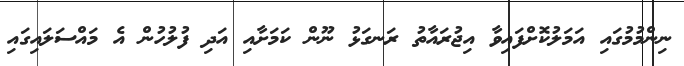
ނިންމުމުގައި އަމަލުކޮށްފައިވާ އިޖުރައާތު ރަނގަޅު ނޫން ކަމަށާއި އަދި ފުލުހުން އެ މައްސަލައިގައި